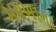
મયખાના